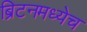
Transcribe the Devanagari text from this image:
ब्रिटनमध्येच